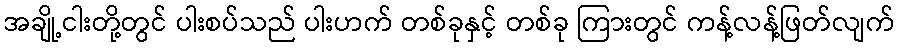
အချို့ငါးတို့တွင် ပါးစပ်သည် ပါးဟက် တစ်ခုနှင့် တစ်ခု ကြားတွင် ကန့်လန့်ဖြတ်လျက်